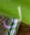
لي